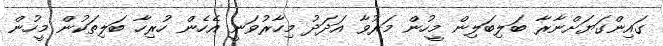
ގައިންގަޔަށްނާރާ ބަލިބަލިން މީހުން މަރުވާ އަދަދު މިހާރުވަނީ އެހެން ހުރިހާ ބަލިތަކުން މީހުން